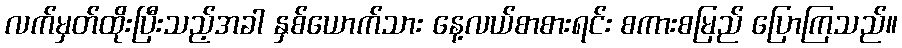
လက်မှတ်ထိုးပြီးသည့်အခါ နှစ်ယောက်သား နေ့လယ်စာစားရင်း စကားစမြည် ပြောကြသည်။